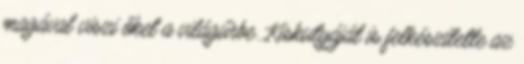
magával viszi őket a világűrbe. Kiskutyáját is felkészítette az